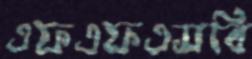
এফএফএসবি